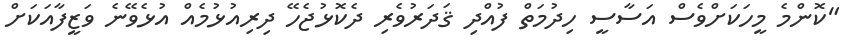
"ކޮންމެ މީހަކަށްވެސް އަސާސީ ހިދުމަތް ފުއްދި ޤަދަރުވެރި ދެކޮޅުޖެހޭ ދިރިއުޅުމެއް އުޅެވޭނެ ވަޒީފާއަކަށް